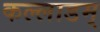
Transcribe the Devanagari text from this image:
कल्लाडम्